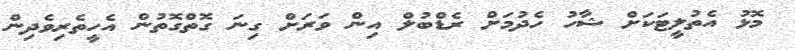
މޮޅު އެތުލީޓަކަށް ޝާހު ހެދުމަށް ރެޑްބުލް އިން ވަރަށް ގިނަ ގޮތްގޮތުން އެހީތެރިވެދިން